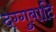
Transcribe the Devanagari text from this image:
दग्गुबाटि